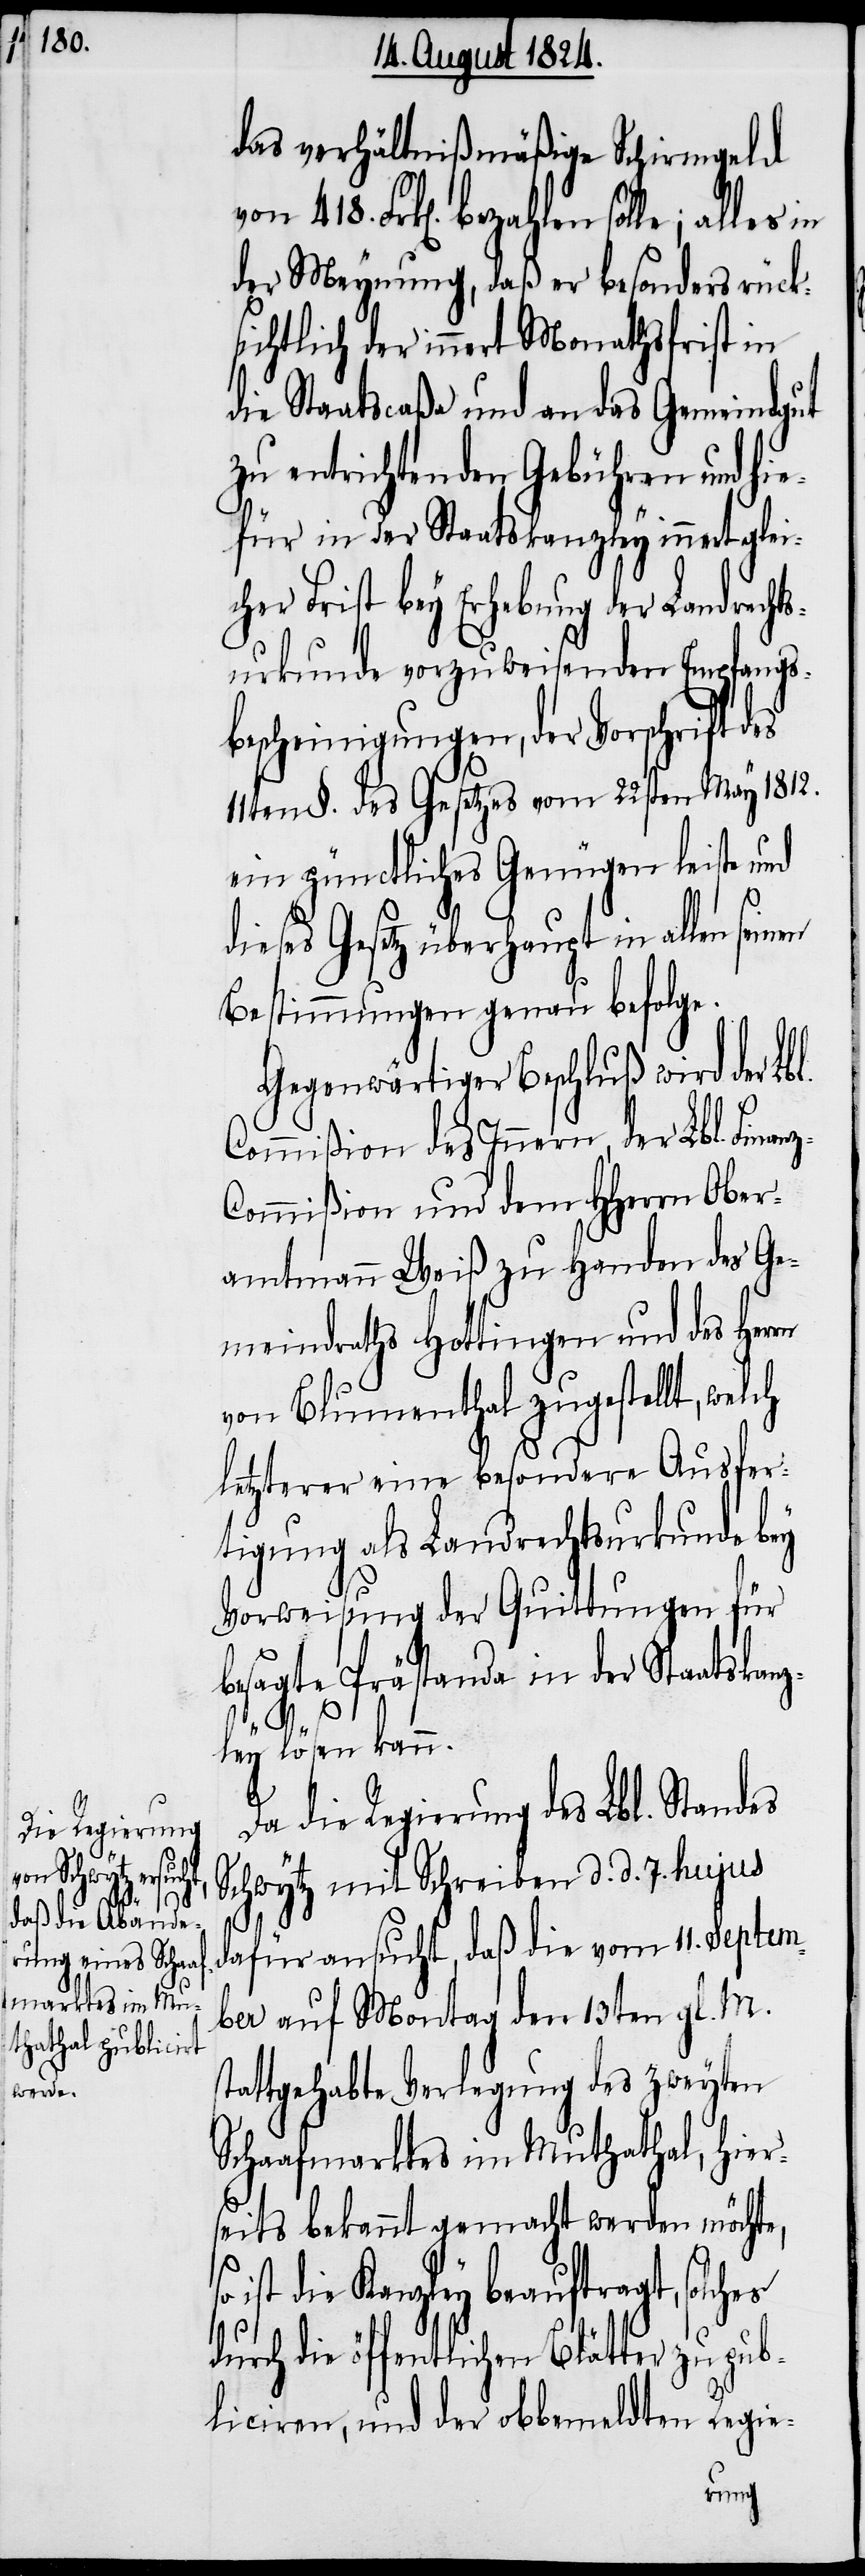
das verhältnißmäßige Schirmgeld
der Meynung, daß er besonders rück¬
sichtlich der innert Monathsfrist in
die Staatscaßa und an das Gemeindgut
zu entrichtenden Gebühren und hie¬
für in der Staatskanzley innert glei¬
cher Frist bey Erhebung der Landrechts¬
urkunde vorzuweisenden Empfangs¬
bescheinigungen, der Vorschrift d¬
11ten §. des Gesetzes vom 22sten May 1812.
ein pünctliches Genügen leiste und
es
dieses Gesetz überhaupt in allen
Bestimmungen genau befolge.
Gegenwärtiger Beschluß wird der Lb¬
Commißion des Innern, der Lbl. Finan¬
ommißion und dem HHerrn Ober¬
amtmann Weiß zu Handen des Ge¬
meindraths Hottingen und des Herrn
von Blumenthal zugestellt, welch
letzterer eine besondere Ausfer¬
tigung als Landrechtsurkunde bey
Vorweisung der Quittungen für
besagte Prästanda in der Staatskan¬
s¬
z-C¬
ley lösen kann.
Da die Regierung des Lbl. Standes
Schwytz mit Schreiben d. d. 7. hujus
dafür ansucht, daß die vom 11. Septem¬
ber auf Montag den 13ten gl. M.
tattgehabte Verlegung des zweyten
Schaafmarktes im Muthathal, hier¬
seits bekannt gemacht werden möchte,
ist die Kanzley beauftragt, solches
l.
durch die öffentlichen Blätter zu pub¬
liciren, und der obbemeldten Regie-